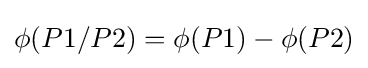
\phi (P1/P2)=\phi (P1)-\phi (P2)